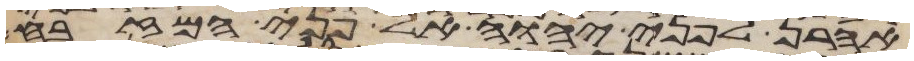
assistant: אהרן לפני יהוה אל פני המזבח